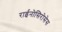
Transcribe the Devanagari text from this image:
राईनोसिरोसेस